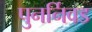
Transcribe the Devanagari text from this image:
पुनर्निवड